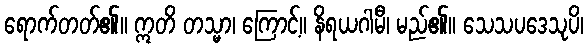
ရောက်တတ်၏။ ဣတိ တသ္မာ၊ ကြောင့်။ နိရယဂါမီ၊ မည်၏။ သေသပဒေသုပိ၊